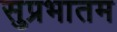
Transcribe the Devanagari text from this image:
सुप्रभातम